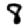
Digit: 8